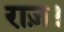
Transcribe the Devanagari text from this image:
राज़।